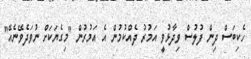
ހެކިބަސް ދިން ފުލުސް ވިދާޅުވީ އަމުރު ދެއްކުމުން އެ އަމުރުން "މިގެޔަކަށް ނުވަދެވޭނެއޭ"